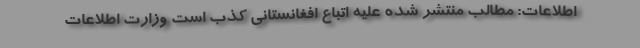
اطلاعات: مطالب منتشر شده علیه اتباع افغانستانی کذب است وزارت اطلاعات